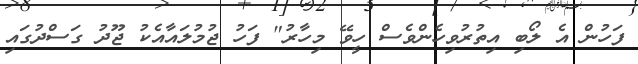
ފަހުން އެ ލޯބި އިތުރުވިހެންވެސް ހީވޭ މިހާރު" ފަހު ޖުމުލައާއެކު ޖޫދު ގަސްދުގައި